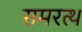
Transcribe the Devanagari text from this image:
समरत्थ